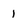
Character: 1